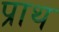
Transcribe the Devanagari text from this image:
प्राथ